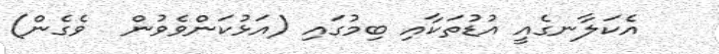
އެކަލާނގެއީ އުޑުތަކާއި ބިމުގައި (އަޅުކަންވެވުން  ވެގެން)